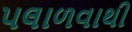
પલાળવાથી